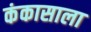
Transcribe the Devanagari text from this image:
कंकासाला